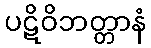
ပဋိဝိဘတ္တာနံ